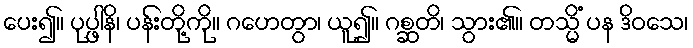
ပေး၍။ ပုပ္ဖါနိ၊ ပန်းတို့ကို။ ဂဟေတွာ၊ ယူ၍။ ဂစ္ဆတိ၊ သွား၏။ တသ္မိံ ပန ဒိဝသေ၊